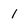
Character: 1